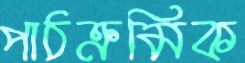
পাঠক্রমিক